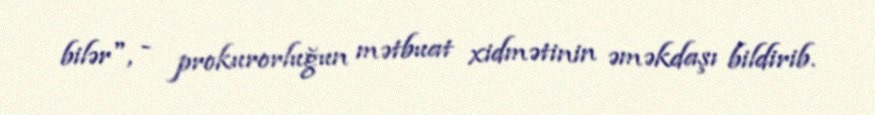
bilər", - prokurorluğun mətbuat xidmətinin əməkdaşı bildirib.